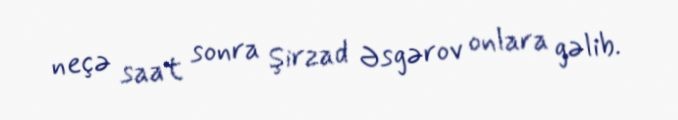
neçə saat sonra Şirzad Əsgərov onlara gəlib.